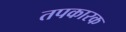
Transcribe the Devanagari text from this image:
तपकारक